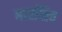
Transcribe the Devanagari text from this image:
बारशिव